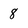
Character: 8